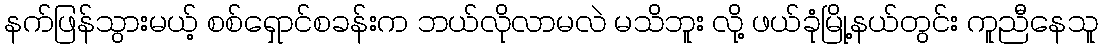
နက်ဖြန်သွားမယ့် စစ်ရှောင်စခန်းက ဘယ်လိုလာမလဲ မသိဘူး လို့ ဖယ်ခုံမြို့နယ်တွင်း ကူညီနေသူ